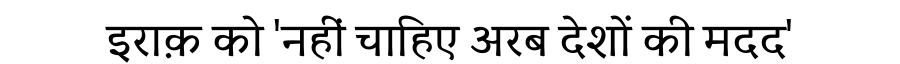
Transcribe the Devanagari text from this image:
इराक़ को 'नहीं चाहिए अरब देशों की मदद'